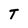
Character: T